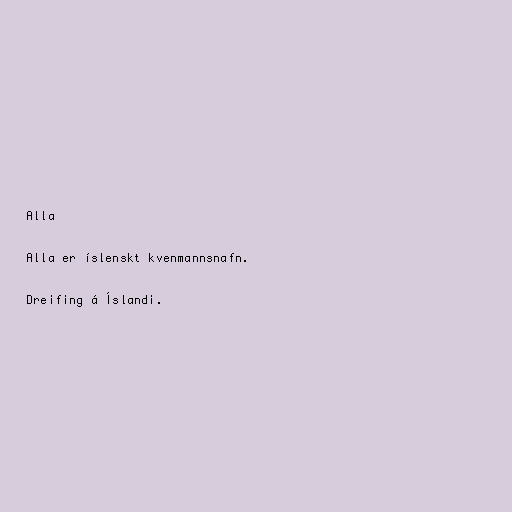
Alla

Alla er íslenskt kvenmannsnafn.

Dreifing á Íslandi.